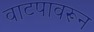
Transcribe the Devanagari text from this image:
वाटपावरून